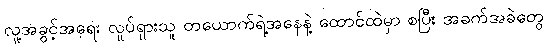
လူ့အခွင့်အရေး လှုပ်ရှားသူ တယောက်ရဲ့အနေနဲ့ ထောင်ထဲမှာ စပြီး အခက်အခဲတွေ